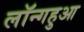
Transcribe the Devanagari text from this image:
लॉन्गहुआ